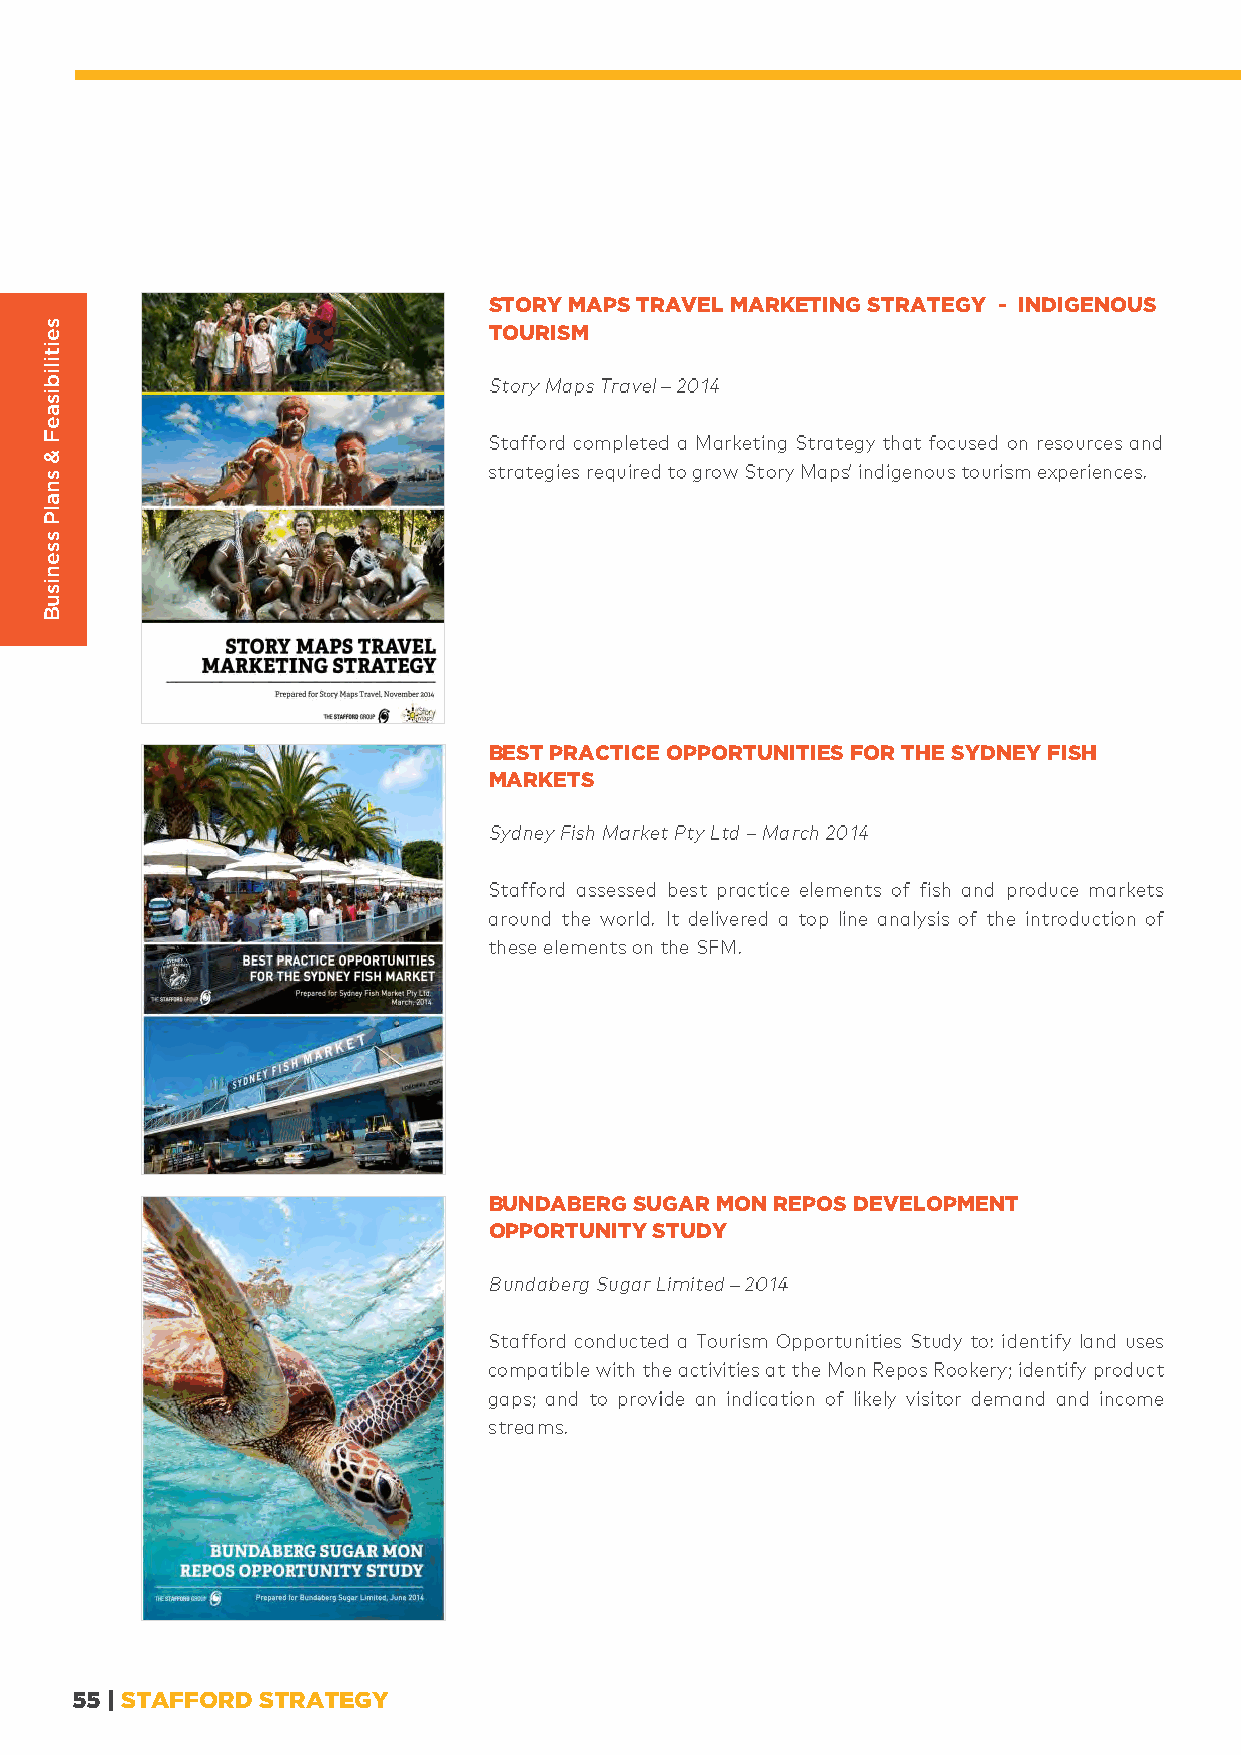
STORY MAPS TRAVEL MARKETING STRATEGY - INDIGENOUS
 TOURISM
 BEST PRACTICE OPPORTUNITIES FOR THE SYDNEY FISH
 MARKETS
 BUNDABERG SUGAR MON REPOS DEVELOPMENT
 OPPORTUNITY STUDY
 55 | STAFFORD STRATEGY
 seitilibisaeF
 &
 snalP
 ssenisuB